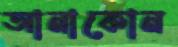
আনাকোন